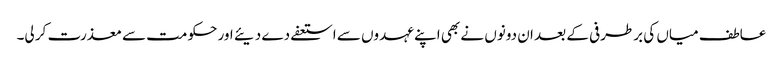
عاطف میاں کی برطرفی کے بعد ان دونوں نے بھی اپنے عہدوں سے استعفے دے دیئے اور حکومت سے معذرت کر لی۔